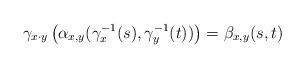
LaTeX: \begin{align*}\gamma_{x\cdot y}\left(\alpha_{x,y}(\gamma^{-1}_x(s),\gamma^{-1}_{y}(t))\right)=\beta_{x,y}(s,t)\end{align*}